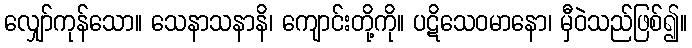
လျှော်ကုန်သော။ သေနာသနာနိ၊ ကျောင်းတို့ကို။ ပဋိသေဝမာနော၊ မှီဝဲသည်ဖြစ်၍။